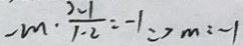
- m \cdot \frac { 2 - 1 } { 1 - 2 } = - 1 \Rightarrow m = - 1